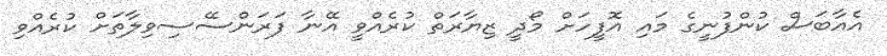
އެއާބަސް ކުންފުނީގެ މައި އޮފީހަށް މޯދީ ޒިޔާރަތް ކުރެއްވީ އޭނާ ފަރަންސޭސިވިލާތަށް ކުރެއްވި